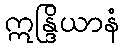
ဣန္ဒြိယာနံ